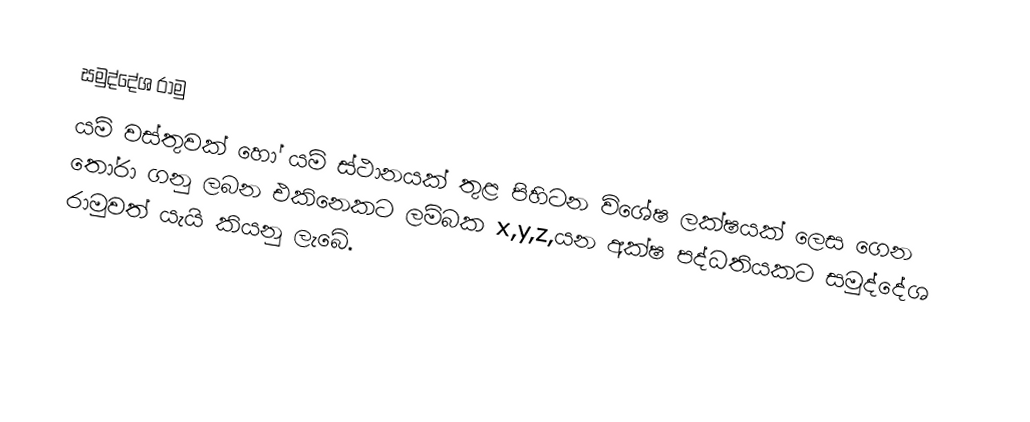
සමුද්දේශ රාමු
යම් වස්තුවක් හෝ යම් ස්ථානයක් තුළ පිහිටන විශේෂ ලක්ෂයක් ලෙස ගෙන තෝරා ගනු ලබන එකිනෙකට ලම්බක x,y,z,යන අක්ෂ පද්ධතියකට සමුද්දේශ රාමුවත් යැයි කියනු ලැබේ.